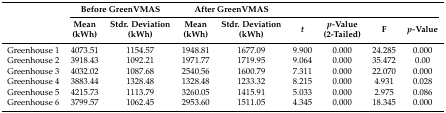
<table><thead><tr><td></td><td colspan="2"><b>Before GreenVMAS</b></td><td colspan="2"><b>After GreenVMAS</b></td><td></td><td></td><td></td><td></td></tr><tr><td></td><td><b>Mean (kWh)</b></td><td><b>Stdr. Deviation (kWh)</b></td><td><b>Mean (kWh)</b></td><td><b>Stdr. Deviation (kWh)</b></td><td><b><i>t</i></b></td><td><b><i>p</i>-Value (2-Tailed)</b></td><td><b>F</b></td><td><b><i>p</i>-Value</b></td></tr></thead><tbody><tr><td>Greenhouse 1</td><td>4073.51</td><td>1154.57</td><td>1948.81</td><td>1677.09</td><td>9.900</td><td>0.000</td><td>24.285</td><td>0.000</td></tr><tr><td>Greenhouse 2</td><td>3918.43</td><td>1092.21</td><td>1971.77</td><td>1719.95</td><td>9.064</td><td>0.000</td><td>35.472</td><td>0.00</td></tr><tr><td>Greenhouse 3</td><td>4032.02</td><td>1087.68</td><td>2540.56</td><td>1600.79</td><td>7.311</td><td>0.000</td><td>22.070</td><td>0.000</td></tr><tr><td>Greenhouse 4</td><td>3883.44</td><td>1328.48</td><td>1328.48</td><td>1233.32</td><td>8.215</td><td>0.000</td><td>4.931</td><td>0.028</td></tr><tr><td>Greenhouse 5</td><td>4215.73</td><td>1113.79</td><td>3260.05</td><td>1415.91</td><td>5.033</td><td>0.000</td><td>2.975</td><td>0.086</td></tr><tr><td>Greenhouse 6</td><td>3799.57</td><td>1062.45</td><td>2953.60</td><td>1511.05</td><td>4.345</td><td>0.000</td><td>18.345</td><td>0.000</td></tr></tbody></table>